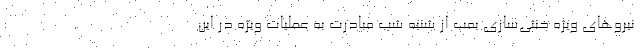
نیروهای ویژه خنثی‌سازی بمب از شنبه شب مبادرت به عملیات ویژه در این